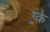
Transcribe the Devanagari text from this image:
ग्र्क़